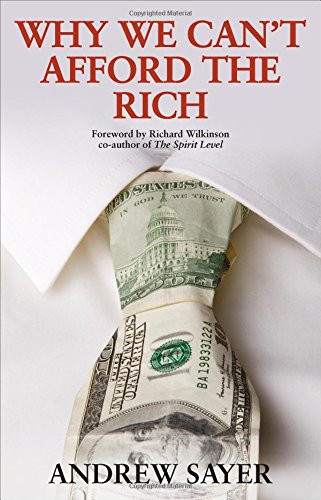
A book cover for Why We Can't Afford the Rich; Andrew Sayer; Business & Money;